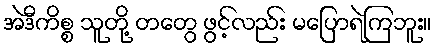
အဲဒီကိစ္စ သူတို့ တတွေ ဖွင့်လည်း မပြောရဲကြဘူး။